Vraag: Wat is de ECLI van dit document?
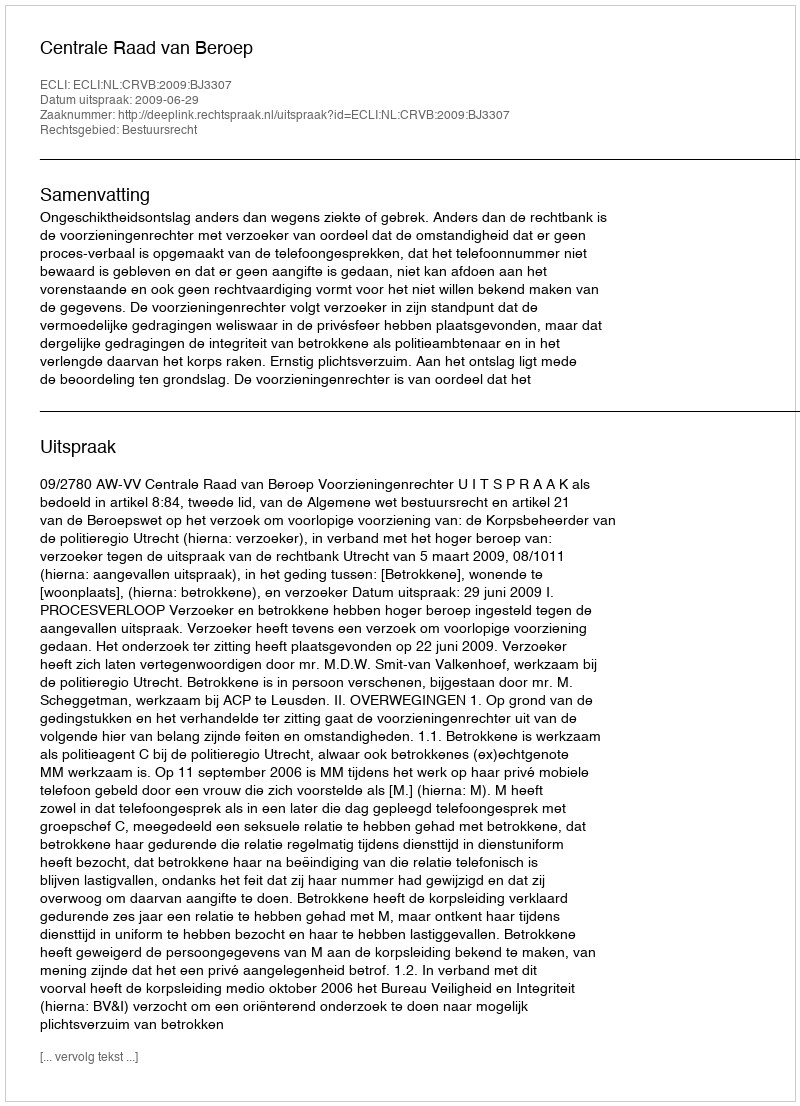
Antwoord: ECLI:NL:CRVB:2009:BJ3307